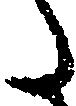
た